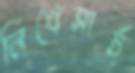
লিখেসার্চ